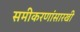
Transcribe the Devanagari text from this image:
समीकरणांसारखी